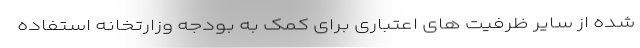
شده از سایر ظرفیت های اعتباری برای کمک به بودجه وزارتخانه استفاده